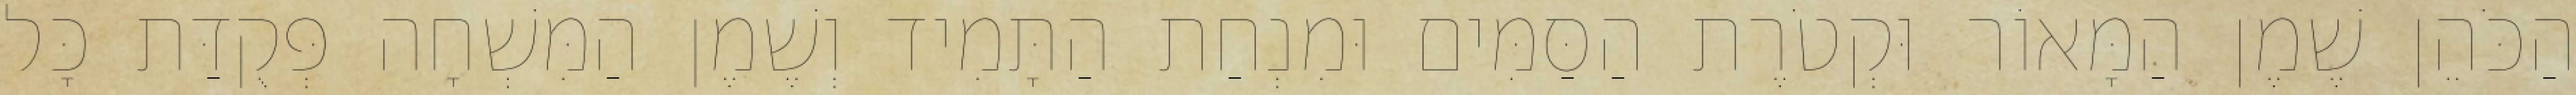
הַכֹּהֵן שֶׁמֶן הַמָּאוֹר וּקְטֹרֶת הַסַּמִּים וּמִנְחַת הַתָּמִיד וְשֶׁמֶן הַמִּשְׁחָה פְּקֻדַּת כָּל